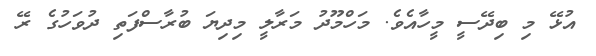
އުޅޭ މި ބިދޭސީ މީހާއެވެ. މަހްމޫދު މަރާލީ މިދިޔަ ބުރާސްފަތި ދުވަހުގެ ރޭ